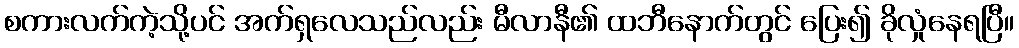
စကားလက်ကဲ့သို့ပင် အက်ရှလေသည်လည်း မီလာနီ၏ ထဘီနောက်တွင် ပြေး၍ ခိုလှုံနေရပြီ။